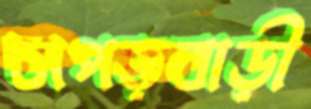
চাপড়বাড়ী